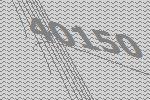
40150